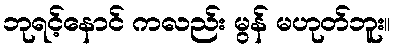
ဘုရင့်နောင် ကလည်း မွန် မဟုတ်ဘူး။